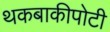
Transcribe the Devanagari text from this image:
थकबाकीपोटी